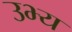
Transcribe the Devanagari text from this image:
उभ्य